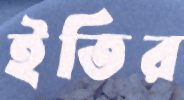
ইতির